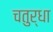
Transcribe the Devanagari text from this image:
चतुर्धा